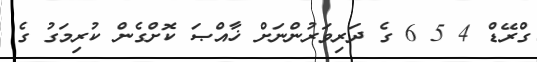
ގްރޭޑް 4 5 6 ގެ ދަރިވަރުންނަށް ޚާއްޞަ ކޮށްގެން ކުރިމަގު ގެ